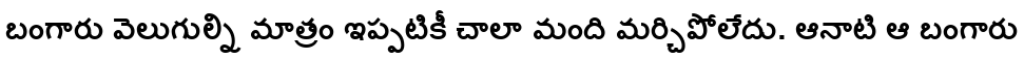
బంగారు వెలుగుల్ని మాత్రం ఇప్పటికీ చాలా మంది మర్చిపోలేదు. ఆనాటి ఆ బంగారు